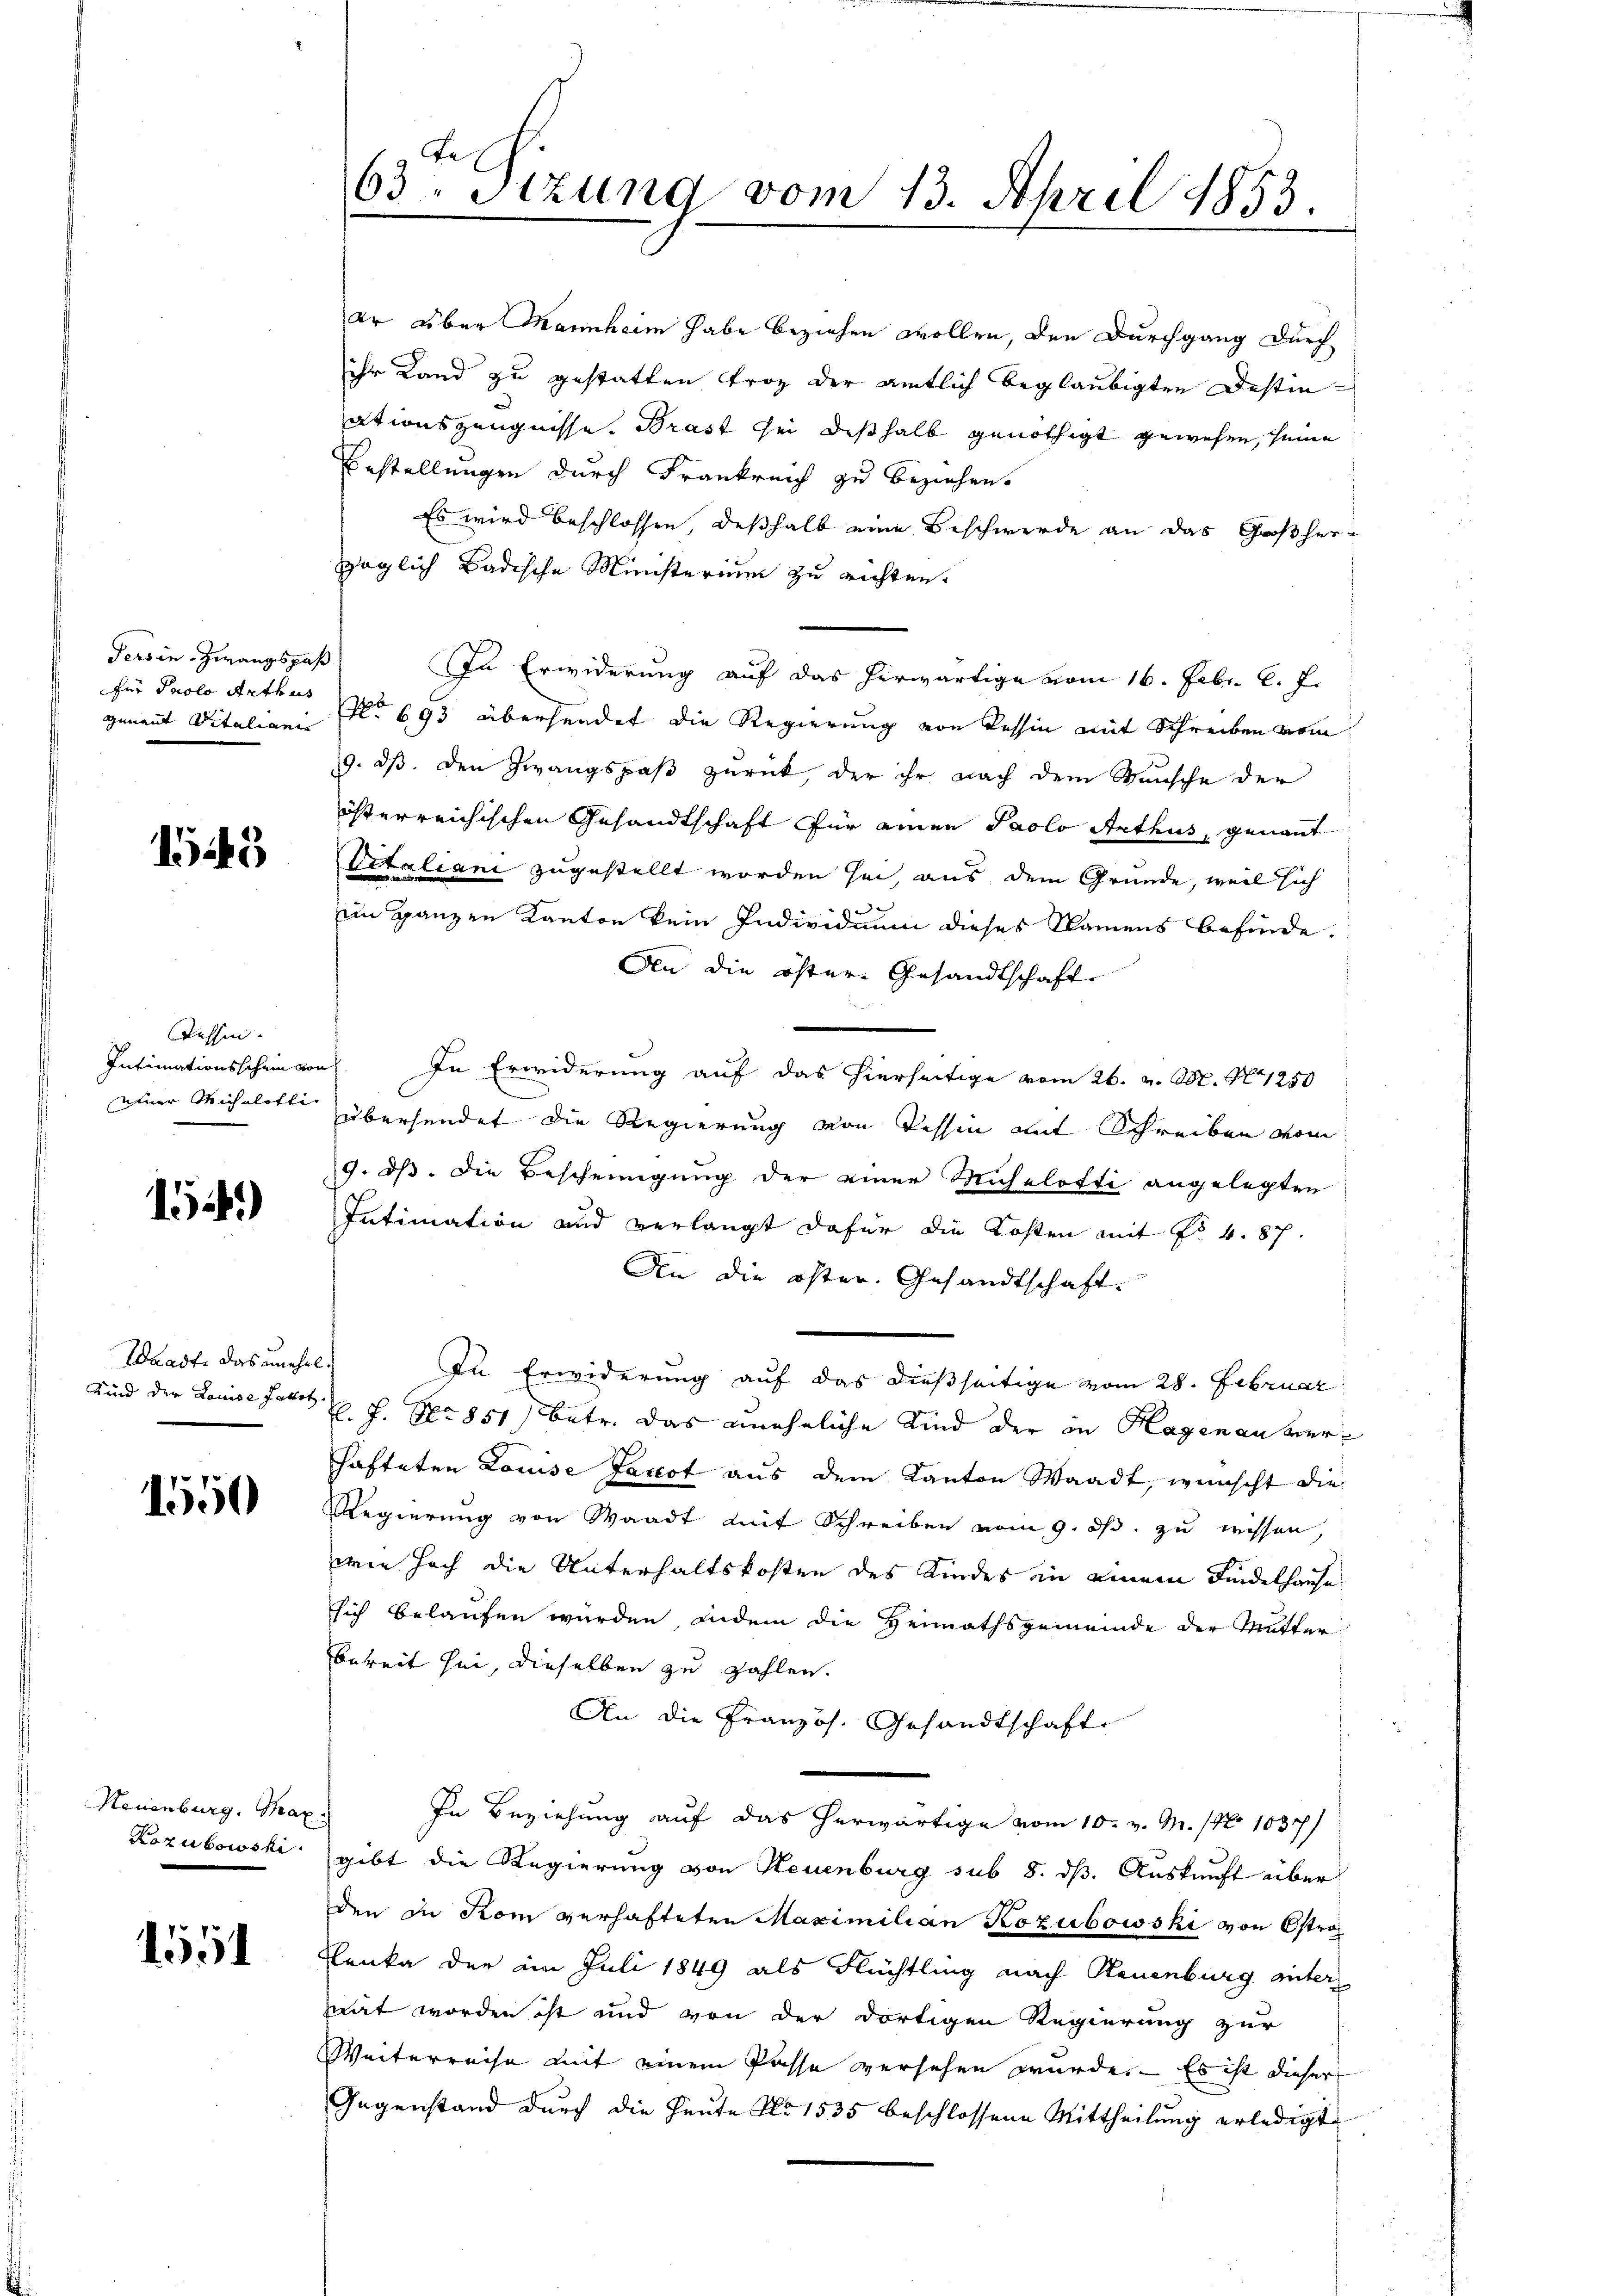
Ters in Zwangspaß
für Paolo Arthus

1545

Tessin.
einer Michalofli

15.)

Waadt, das unehel.
Sind der Louise Jacot.

1550

Neuenburg, Tax
Kozubowski

1551

63ten Sizung vom 13. April 1853.

er über Mannheim habe beziehen wollen, den Durchgang durch
ihr Land zu gestatten Froz der amtlich beglaubigten Destinationszeugnisse. Brast sei dishalb genöthigt gewesen, seine
Bestellungen durch Frankreich zu beziehen.
Es wird beschlossen, deßhalb eine Beschwerde an das Goßherzöglich Badische Ministerium zu richten.
In Erwiderung auf das herwärtige vom 16. Febr. l. J.
genannt Vitaliani No 693 übersendet die Regierung von Tessin mit Schreiben vom
9. ds. den Zwangspaß zurück, der ihr nach dem Wunsche der
österreichischen Gesandtschaft für einen Paolo Arthus, genannt
Vitaliani zugestellt worden sei, aus dem Grunde, weil sich
im ganzen Kanton kein Individuum dieses Namens befinde.
An die öster Gesandtschaft
Intimationsschein von In Erwiderung auf das hierseitige vom 26. v. M. N 1250
übersendet die Regierung von Tessin mit Schreiben vom
9. ds. die Bescheinigung der einer Mühelotti angelegten
Intimation und verlangt dafür die Kosten mit No. 4. 87.
An die öster. Gesandtschaft.
In Erwiderung auf das dießseitige vom 28. Februar
H. f. No 851) betr. das uneheliche Kind der in Hagenau verhafteten Louise Jacot aus dem Kanton Waadt, wünscht die
Regierung von Waadt mit Schreiben vom 9. ds. zu wissen,
wie hoch die Unterhaltskosten des Kindes in einem Findelhause
sich belaufen würden, indem die Heimathsgemeinde der Mutter
bereit sei, dieselben zu zahlen.
An die Französ. Gesandtschaft.
ich
In Beziehung auf das herwärtige vom 10. v. M. (No 1037)
gibt die Regierung von Neuenburg sub 8. ds. Auskunft über
den in Rom verhafteten Maximilian Kozubowski von Ostro
Klenka der am Juli 1849 als Flüchtling nach Neuenburg unter
eät worden ist und von der dortigen Regierung zur
Weiterreise mit einem Pässe versehen würde. – Es ist dieser
Gegenstand durch die Heute No 1535 beschlossene Mittheilung erledigt